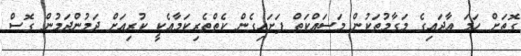
ގޮތަށް ހަމަ އާދައިގެ މަގާމުތަކުން މަސައްކަތް ފަށައިގެން ކެތްތެރިކަމާއެކީ ކުރިއަށް ދަމުންދަމުން ގޮސް